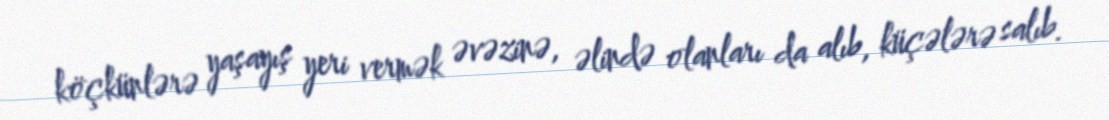
köçkünlərə yaşayış yeri vermək əvəzinə, əlində olanları da alıb, küçələrə salıb.